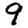
Digit: 9